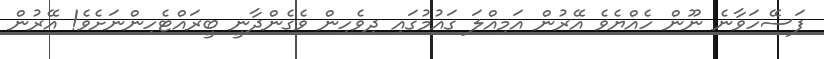
ފަސޭހަވާނެ ނޫން ހެއްޔެވެ އޭރުން އަމިއްލަ ގައުމުގައި ދިވެހިން ވެގެންދާނީ ބީރައްޓެހިންނަށެވެ! އޭރުން